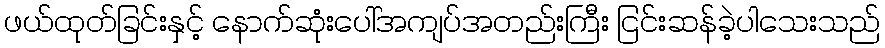
ဖယ်ထုတ်ခြင်းနှင့် နောက်ဆုံးပေါ်အကျပ်အတည်းကြီး ငြင်းဆန်ခဲ့ပါသေးသည်